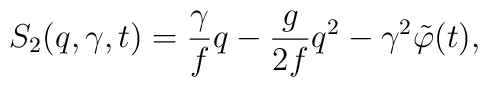
S_{2}(q,\gamma,t)=\frac{\gamma}{f }q-\frac{g }{2f }q^{2}-\gamma^{2} \tilde{\varphi}(t),